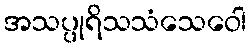
အသပ္ပုရိသသံသေဝေါ